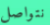
نتواصل